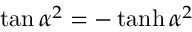
\begin{array} { r } { \tan \alpha ^ { 2 } = - \operatorname { t a n h } \alpha ^ { 2 } } \end{array}